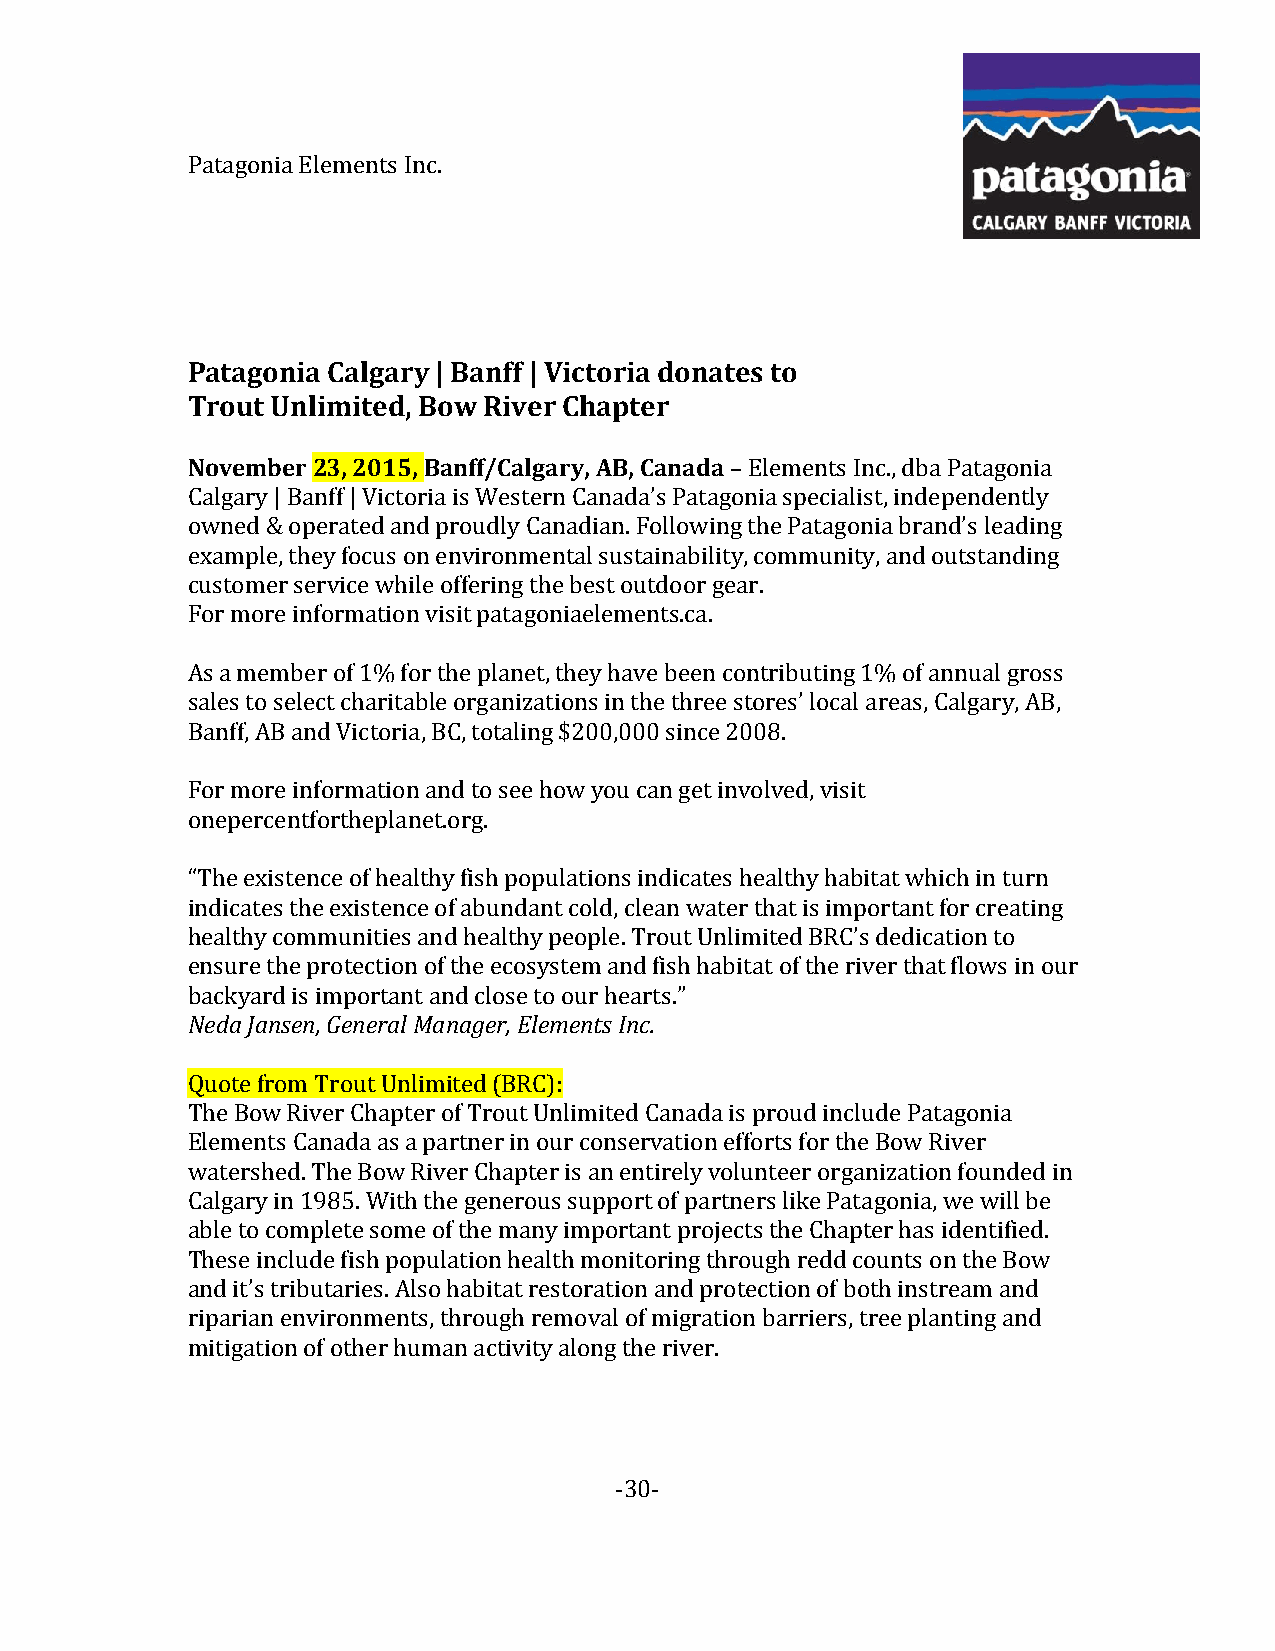
Patagonia Elements Inc.
 Patagonia Calgary | Banff | Victoria donates to
 Trout Unlimited, Bow River Chapter
 November 23, 2015, Banff/Calgary, AB, Canada – Elements Inc., dba Patagonia
 Calgary | Banff | Victoria is Western Canada’s Patagonia specialist, independently
 owned & operated and proudly Canadian. Following the Patagonia brand’s leading
 example, they focus on environmental sustainability, community, and outstanding
 customer service while offering the best outdoor gear.
 For more information visit patagoniaelements.ca.
 As a member of 1% for the planet, they have been contributing 1% of annual gross
 sales to select charitable organizations in the three stores’ local areas, Calgary, AB,
 Banff, AB and Victoria, BC, totaling $200,000 since 2008.
 For more information and to see how you can get involved, visit
 onepercentfortheplanet.org.
 “The existence of healthy fish populations indicates healthy habitat which in turn
 indicates the existence of abundant cold, clean water that is important for creating
 healthy communities and healthy people. Trout Unlimited BRC’s dedication to
 ensure the protection of the ecosystem and fish habitat of the river that flows in our
 backyard is important and close to our hearts.”
 Neda Jansen, General Manager, Elements Inc.
 Quote from Trout Unlimited (BRC):
 The Bow River Chapter of Trout Unlimited Canada is proud include Patagonia
 Elements Canada as a partner in our conservation efforts for the Bow River
 watershed. The Bow River Chapter is an entirely volunteer organization founded in
 Calgary in 1985. With the generous support of partners like Patagonia, we will be
 able to complete some of the many important projects the Chapter has identified.
 These include fish population health monitoring through redd counts on the Bow
 and it’s tributaries. Also habitat restoration and protection of both instream and
 riparian environments, through removal of migration barriers, tree planting and
 mitigation of other human activity along the river.
 -30-